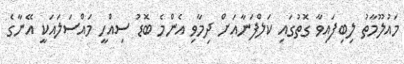
މައުލޫމާތު ލިބިފައިވާ ގޮތުގައި ކަލްފަނާއަށް ދިމާވި އެންމެ ބޮޑު ސިއްހީ މައްސަލައަކީ އޭނާގެ